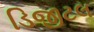
ડિજીટલ